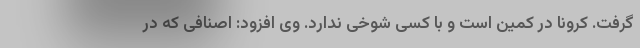
گرفت. کرونا در کمین است و با کسی شوخی ندارد. وی افزود: اصنافی که در